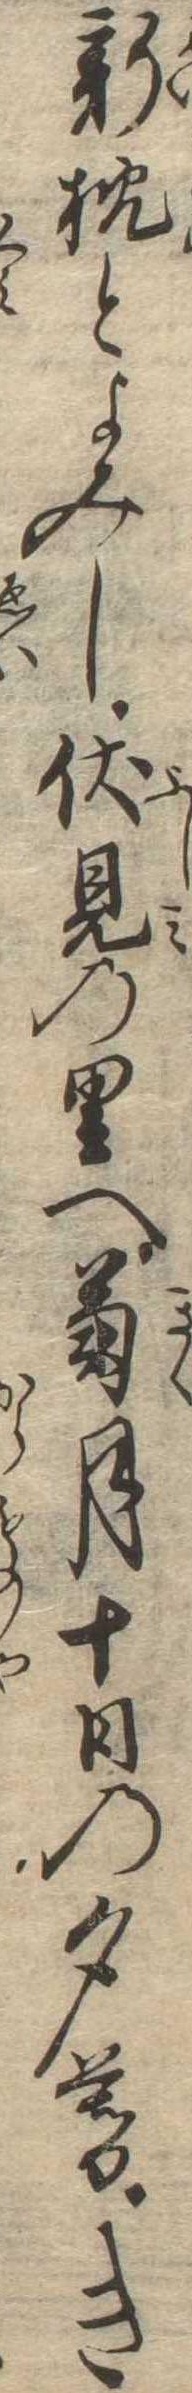
新枕とよみし伏見の里へ菊月十日の夕暮き